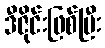
ဒီဇိုင်းဖြစ်ပြီး